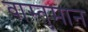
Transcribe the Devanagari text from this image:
वास्तुमान